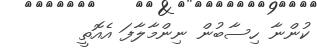
ކުންނާ ހިސާބުން ނިންމާލާފަ އެއޮތީ